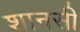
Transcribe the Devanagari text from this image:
शानसी